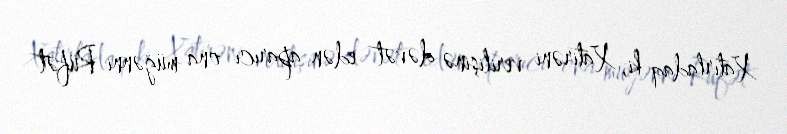
Xatırladaq ki, Xatirəni verilişinə dəvət edən aparıcı ona müğənni Rüfət